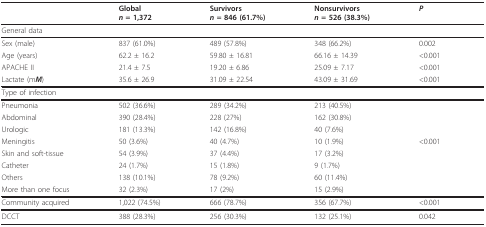
<table><thead><tr><td></td><td><b>Global<i>n </i>= 1,372</b></td><td><b>Survivors<i>n </i>= 846 (61.7%)</b></td><td><b>Nonsurvivors<i>n </i>= 526 (38.3%)</b></td><td><b><i>P</i></b></td></tr></thead><tbody><tr><td colspan="5">General data</td></tr><tr><td>Sex (male)</td><td>837 (61.0%)</td><td>489 (57.8%)</td><td>348 (66.2%)</td><td>0.002</td></tr><tr><td>Age (years)</td><td>62.2 ± 16.2</td><td>59.80 ± 16.81</td><td>66.16 ± 14.39</td><td>&lt;0.001</td></tr><tr><td>APACHE II</td><td>21.4 ± 7.5</td><td>19.20 ± 6.86</td><td>25.09 ± 7.17</td><td>&lt;0.001</td></tr><tr><td>Lactate (m<b><i>M</i></b>)</td><td>35.6 ± 26.9</td><td>31.09 ± 22.54</td><td>43.09 ± 31.69</td><td>&lt;0.001</td></tr><tr><td colspan="5">Type of infection</td></tr><tr><td>Pneumonia</td><td>502 (36.6%)</td><td>289 (34.2%)</td><td>213 (40.5%)</td><td></td></tr><tr><td>Abdominal</td><td>390 (28.4%)</td><td>228 (27%)</td><td>162 (30.8%)</td><td></td></tr><tr><td>Urologic</td><td>181 (13.3%)</td><td>142 (16.8%)</td><td>40 (7.6%)</td><td></td></tr><tr><td>Meningitis</td><td>50 (3.6%)</td><td>40 (4.7%)</td><td>10 (1.9%)</td><td>&lt;0.001</td></tr><tr><td>Skin and soft-tissue</td><td>54 (3.9%)</td><td>37 (4.4%)</td><td>17 (3.2%)</td><td></td></tr><tr><td>Catheter</td><td>24 (1.7%)</td><td>15 (1.8%)</td><td>9 (1.7%)</td><td></td></tr><tr><td>Others</td><td>138 (10.1%)</td><td>78 (9.2%)</td><td>60 (11.4%)</td><td></td></tr><tr><td>More than one focus</td><td>32 (2.3%)</td><td>17 (2%)</td><td>15 (2.9%)</td><td></td></tr><tr><td>Community acquired</td><td>1,022 (74.5%)</td><td>666 (78.7%)</td><td>356 (67.7%)</td><td>&lt;0.001</td></tr><tr><td>DCCT</td><td>388 (28.3%)</td><td>256 (30.3%)</td><td>132 (25.1%)</td><td>0.042</td></tr></tbody></table>